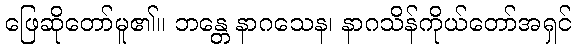
ဖြေဆိုတော်မူ၏။ ဘန္တေ နာဂသေန၊ နာဂသိန်ကိုယ်တော်အရှင်